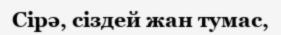
Сірә, сіздей жан тумас,